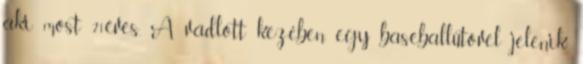
aki most 21éves. A vádlott kezében egy baseballütővel jelenik